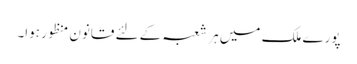
پورے ملک میں ہر شعبہ کے لئے قانون منظور ہوا۔